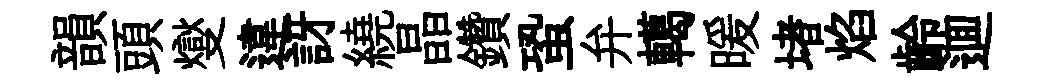
韻頭燮違訝繞晶鑽蛩弁轕暖堵焰齡逥